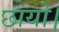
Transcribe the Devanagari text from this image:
छायो।